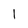
Character: 1